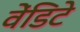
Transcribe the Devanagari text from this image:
वेंडिटे